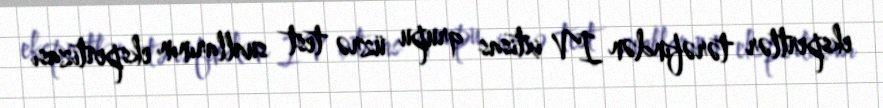
ekspertlər tərəfindən IV ixtisas qrupu üzrə test suallarının ekspertizası